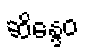
ဆိန္ဒေဝ